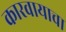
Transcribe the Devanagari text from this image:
कारवायाचा